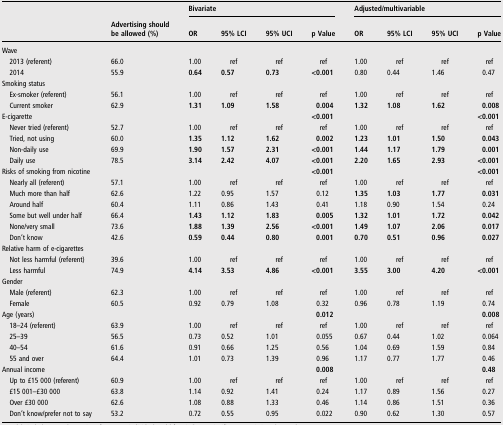
<table><thead><tr><td></td><td></td><td colspan="4"><b>Bivariate</b></td><td colspan="4"><b>Adjusted/multivariable</b></td></tr><tr><td></td><td><b>Advertising shouldbe allowed (%)</b></td><td><b>OR</b></td><td><b>95% LCI</b></td><td><b>95% UCI</b></td><td><b>p Value</b></td><td><b>OR</b></td><td><b>95% LCI</b></td><td><b>95% UCI</b></td><td><b>p Value</b></td></tr></thead><tbody><tr><td colspan="10">Wave</td></tr><tr><td> 2013 (referent)</td><td>66.0</td><td>1.00</td><td>ref</td><td>ref</td><td>ref</td><td>1.00</td><td>ref</td><td>ref</td><td>ref</td></tr><tr><td> 2014</td><td>55.9</td><td><b>0.64</b></td><td><b>0.57</b></td><td><b>0.73</b></td><td><b>&lt;0.001</b></td><td>0.80</td><td>0.44</td><td>1.46</td><td>0.47</td></tr><tr><td colspan="10">Smoking status</td></tr><tr><td> Ex-smoker (referent)</td><td>56.1</td><td>1.00</td><td>ref</td><td>ref</td><td>ref</td><td>1.00</td><td>ref</td><td>ref</td><td>ref</td></tr><tr><td> Current smoker</td><td>62.9</td><td><b>1.31</b></td><td><b>1.09</b></td><td><b>1.58</b></td><td><b>0.004</b></td><td><b>1.32</b></td><td><b>1.08</b></td><td><b>1.62</b></td><td><b>0.008</b></td></tr><tr><td>E-cigarette</td><td></td><td></td><td></td><td></td><td><b>&lt;0.001</b></td><td></td><td></td><td></td><td><b>&lt;0.001</b></td></tr><tr><td> Never tried (referent)</td><td>52.7</td><td>1.00</td><td>ref</td><td>ref</td><td>ref</td><td>1.00</td><td>ref</td><td>ref</td><td>ref</td></tr><tr><td> Tried, not using</td><td>60.0</td><td><b>1.35</b></td><td><b>1.12</b></td><td><b>1.62</b></td><td><b>0.002</b></td><td><b>1.23</b></td><td><b>1.01</b></td><td><b>1.50</b></td><td><b>0.043</b></td></tr><tr><td> Non-daily use</td><td>69.9</td><td><b>1.90</b></td><td><b>1.57</b></td><td><b>2.31</b></td><td><b>&lt;0.001</b></td><td><b>1.44</b></td><td><b>1.17</b></td><td><b>1.79</b></td><td><b>0.001</b></td></tr><tr><td> Daily use</td><td>78.5</td><td><b>3.14</b></td><td><b>2.42</b></td><td><b>4.07</b></td><td><b>&lt;0.001</b></td><td><b>2.20</b></td><td><b>1.65</b></td><td><b>2.93</b></td><td><b>&lt;0.001</b></td></tr><tr><td>Risks of smoking from nicotine</td><td></td><td></td><td></td><td></td><td><b>&lt;0.001</b></td><td></td><td></td><td></td><td><b>&lt;0.001</b></td></tr><tr><td> Nearly all (referent)</td><td>57.1</td><td>1.00</td><td>ref</td><td>ref</td><td>ref</td><td>1.00</td><td>ref</td><td>ref</td><td>ref</td></tr><tr><td> Much more than half</td><td>62.6</td><td>1.22</td><td>0.95</td><td>1.57</td><td>0.12</td><td><b>1.35</b></td><td><b>1.03</b></td><td><b>1.77</b></td><td><b>0.031</b></td></tr><tr><td> Around half</td><td>60.4</td><td>1.11</td><td>0.86</td><td>1.43</td><td>0.41</td><td>1.18</td><td>0.90</td><td>1.54</td><td>0.24</td></tr><tr><td> Some but well under half</td><td>66.4</td><td><b>1.43</b></td><td><b>1.12</b></td><td><b>1.83</b></td><td><b>0.005</b></td><td><b>1.32</b></td><td><b>1.01</b></td><td><b>1.72</b></td><td><b>0.042</b></td></tr><tr><td> None/very small</td><td>73.6</td><td><b>1.88</b></td><td><b>1.39</b></td><td><b>2.56</b></td><td><b>&lt;0.001</b></td><td><b>1.49</b></td><td><b>1.07</b></td><td><b>2.06</b></td><td><b>0.017</b></td></tr><tr><td> Don’t know</td><td>42.6</td><td><b>0.59</b></td><td><b>0.44</b></td><td><b>0.80</b></td><td><b>0.001</b></td><td><b>0.70</b></td><td><b>0.51</b></td><td><b>0.96</b></td><td><b>0.027</b></td></tr><tr><td colspan="10">Relative harm of e-cigarettes</td></tr><tr><td> Not less harmful (referent)</td><td>39.6</td><td>1.00</td><td>ref</td><td>ref</td><td>ref</td><td>1.00</td><td>ref</td><td>ref</td><td>ref</td></tr><tr><td> Less harmful</td><td>74.9</td><td><b>4.14</b></td><td><b>3.53</b></td><td><b>4.86</b></td><td><b>&lt;0.001</b></td><td><b>3.55</b></td><td><b>3.00</b></td><td><b>4.20</b></td><td><b>&lt;0.001</b></td></tr><tr><td>Gender</td><td></td><td></td><td></td><td></td><td></td><td></td><td></td><td></td><td></td></tr><tr><td> Male (referent)</td><td>62.3</td><td>1.00</td><td>ref</td><td>ref</td><td>ref</td><td>1.00</td><td>ref</td><td>ref</td><td>ref</td></tr><tr><td> Female</td><td>60.5</td><td>0.92</td><td>0.79</td><td>1.08</td><td>0.32</td><td>0.96</td><td>0.78</td><td>1.19</td><td>0.74</td></tr><tr><td>Age (years)</td><td></td><td></td><td></td><td></td><td><b>0.012</b></td><td></td><td></td><td></td><td><b>0.008</b></td></tr><tr><td> 18–24 (referent)</td><td>63.9</td><td>1.00</td><td>ref</td><td>ref</td><td>ref</td><td>1.00</td><td>ref</td><td>ref</td><td>ref</td></tr><tr><td> 25–39</td><td>56.5</td><td>0.73</td><td>0.52</td><td>1.01</td><td>0.055</td><td>0.67</td><td>0.44</td><td>1.02</td><td>0.064</td></tr><tr><td> 40–54</td><td>61.6</td><td>0.91</td><td>0.66</td><td>1.25</td><td>0.56</td><td>1.04</td><td>0.69</td><td>1.59</td><td>0.84</td></tr><tr><td> 55 and over</td><td>64.4</td><td>1.01</td><td>0.73</td><td>1.39</td><td>0.96</td><td>1.17</td><td>0.77</td><td>1.77</td><td>0.46</td></tr><tr><td>Annual income</td><td></td><td></td><td></td><td></td><td><b>0.008</b></td><td></td><td></td><td></td><td><b>0.48</b></td></tr><tr><td> Up to £15 000 (referent)</td><td>60.9</td><td>1.00</td><td>ref</td><td>ref</td><td>ref</td><td>1.00</td><td>ref</td><td>ref</td><td>ref</td></tr><tr><td> £15 001–£30 000</td><td>63.8</td><td>1.14</td><td>0.92</td><td>1.41</td><td>0.24</td><td>1.17</td><td>0.89</td><td>1.56</td><td>0.27</td></tr><tr><td> Over £30 000</td><td>62.6</td><td>1.08</td><td>0.88</td><td>1.33</td><td>0.46</td><td>1.14</td><td>0.86</td><td>1.51</td><td>0.36</td></tr><tr><td> Don’t know/prefer not to say</td><td>53.2</td><td>0.72</td><td>0.55</td><td>0.95</td><td>0.022</td><td>0.90</td><td>0.62</td><td>1.30</td><td>0.57</td></tr></tbody></table>